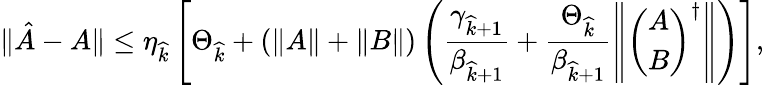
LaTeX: \| \hat{A}-A\| \le\eta_{\widehat{k}}\left[\Theta_{\widehat{k}}+\left(\left\| A\right\| +\left\| B\right\| \right)\left(\frac{\gamma_{\widehat{k}+1}}{\beta_{{\widehat{k}}+1}}+\frac{\Theta_{\widehat{k}}}{\beta_{{\widehat{k}}+1}}\left\| \left(\begin{array}{l}{A}\\ {B}\end{array}\right)^{\dagger}\right\| \right)\right],